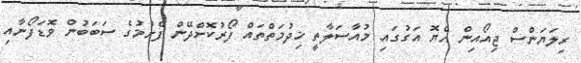
ރިލަޔަންސް ޖިއޯއިން ހެޔޮ އަގުގައިި މުއާސަލާތީ ޚިދުމަތްތައް ފޯރުކޮށްދޭން ފެށުމުގެ ސަބަބުން ވޮޑަފޯނާއި